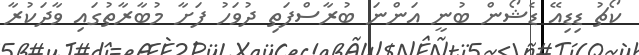
ކޯޗު ޑިޑިއޭ ޑެޝޯން ބުނީ އަންނަ ބުރާސްފަތި ދުވަހު ފަށާ މުބާރާތުގައި ވާދަކުރާ